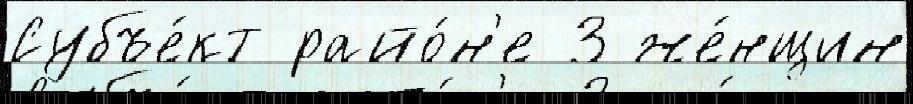
Субъе́кт райо́н'е 3 же́нщин